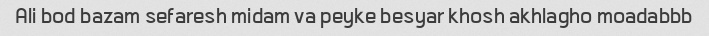
Ali bod bazam sefaresh midam va peyke besyar khosh akhlagho moadabbb